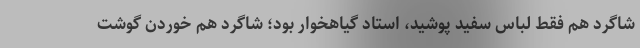
شاگرد هم فقط لباس سفید پوشید، استاد گیاهخوار بود؛ شاگرد هم خوردن گوشت